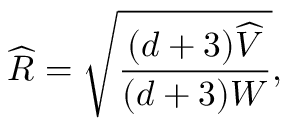
\widehat { R } = \sqrt { \frac { ( d + 3 ) \widehat { V } } { ( d + 3 ) W } } ,